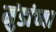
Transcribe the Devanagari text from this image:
मुंडांच्या